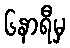
၆နာရီမှ